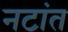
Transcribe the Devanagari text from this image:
नटांत